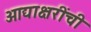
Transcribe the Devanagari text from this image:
आद्याक्षरींची